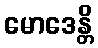
မောဒေန္တိ